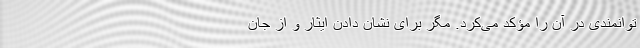
توانمندی در آن را مؤکد می‌کرد. مگر برای نشان دادن ایثار و از جان